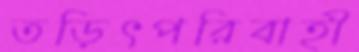
তড়িৎপরিবাহী